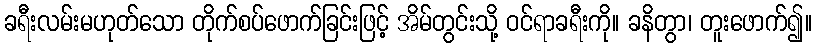
ခရီးလမ်းမဟုတ်သော တိုက်စပ်ဖောက်ခြင်းဖြင့် အိမ်တွင်းသို့ ဝင်ရာခရီးကို။ ခနိတွာ၊ တူးဖောက်၍။